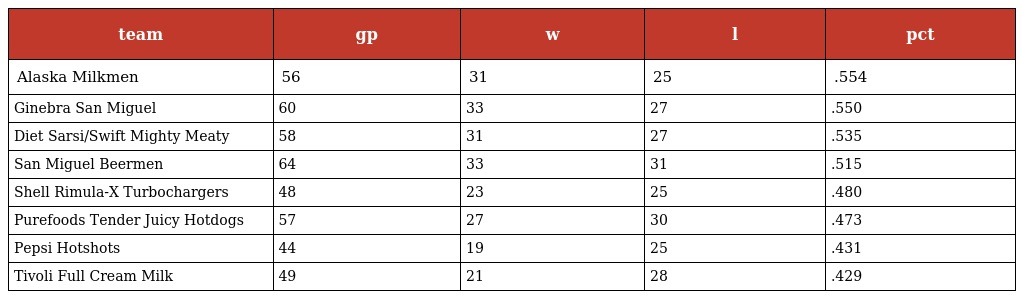
| team | gp | w | l | pct |
 | --- | --- | --- | --- | --- |
 | Alaska Milkmen | 56 | 31 | 25 | .554 |
 | Ginebra San Miguel | 60 | 33 | 27 | .550 |
 | Diet Sarsi/Swift Mighty Meaty | 58 | 31 | 27 | .535 |
 | San Miguel Beermen | 64 | 33 | 31 | .515 |
 | Shell Rimula-X Turbochargers | 48 | 23 | 25 | .480 |
 | Purefoods Tender Juicy Hotdogs | 57 | 27 | 30 | .473 |
 | Pepsi Hotshots | 44 | 19 | 25 | .431 |
 | Tivoli Full Cream Milk | 49 | 21 | 28 | .429 |